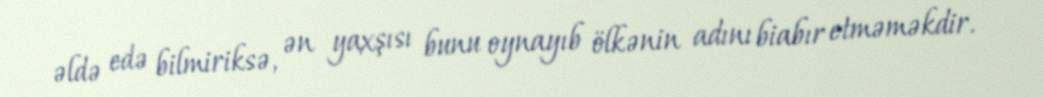
əldə edə bilmiriksə, ən yaxşısı bunu oynayıb ölkənin adını biabır etməməkdir.